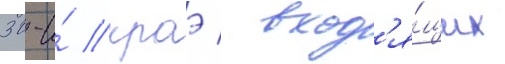
30-и́ краэ / вход'я́щих